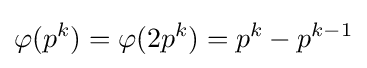
\varphi (p^{k})=\varphi (2p^{k})=p^{k}-p^{k-1}